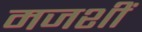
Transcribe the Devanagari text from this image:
मजशीं